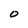
Character: 0